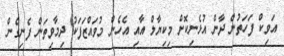
އަވިކް ފަހަތުން ދާން އުޅެނިކޮށް މިކިޔާލް އާއި އެހެން މުވައްޒަފަކު ދިމާވިތަން ފެނިގެން